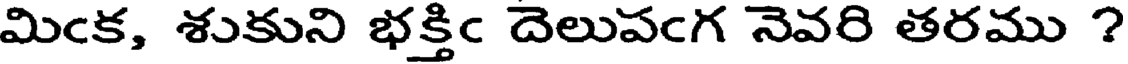
మిఁక, శుకుని భక్తిఁ దెలుపఁగ నెవరి తరము ?